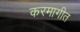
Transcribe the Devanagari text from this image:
करमागीत